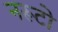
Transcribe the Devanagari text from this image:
नरूटो